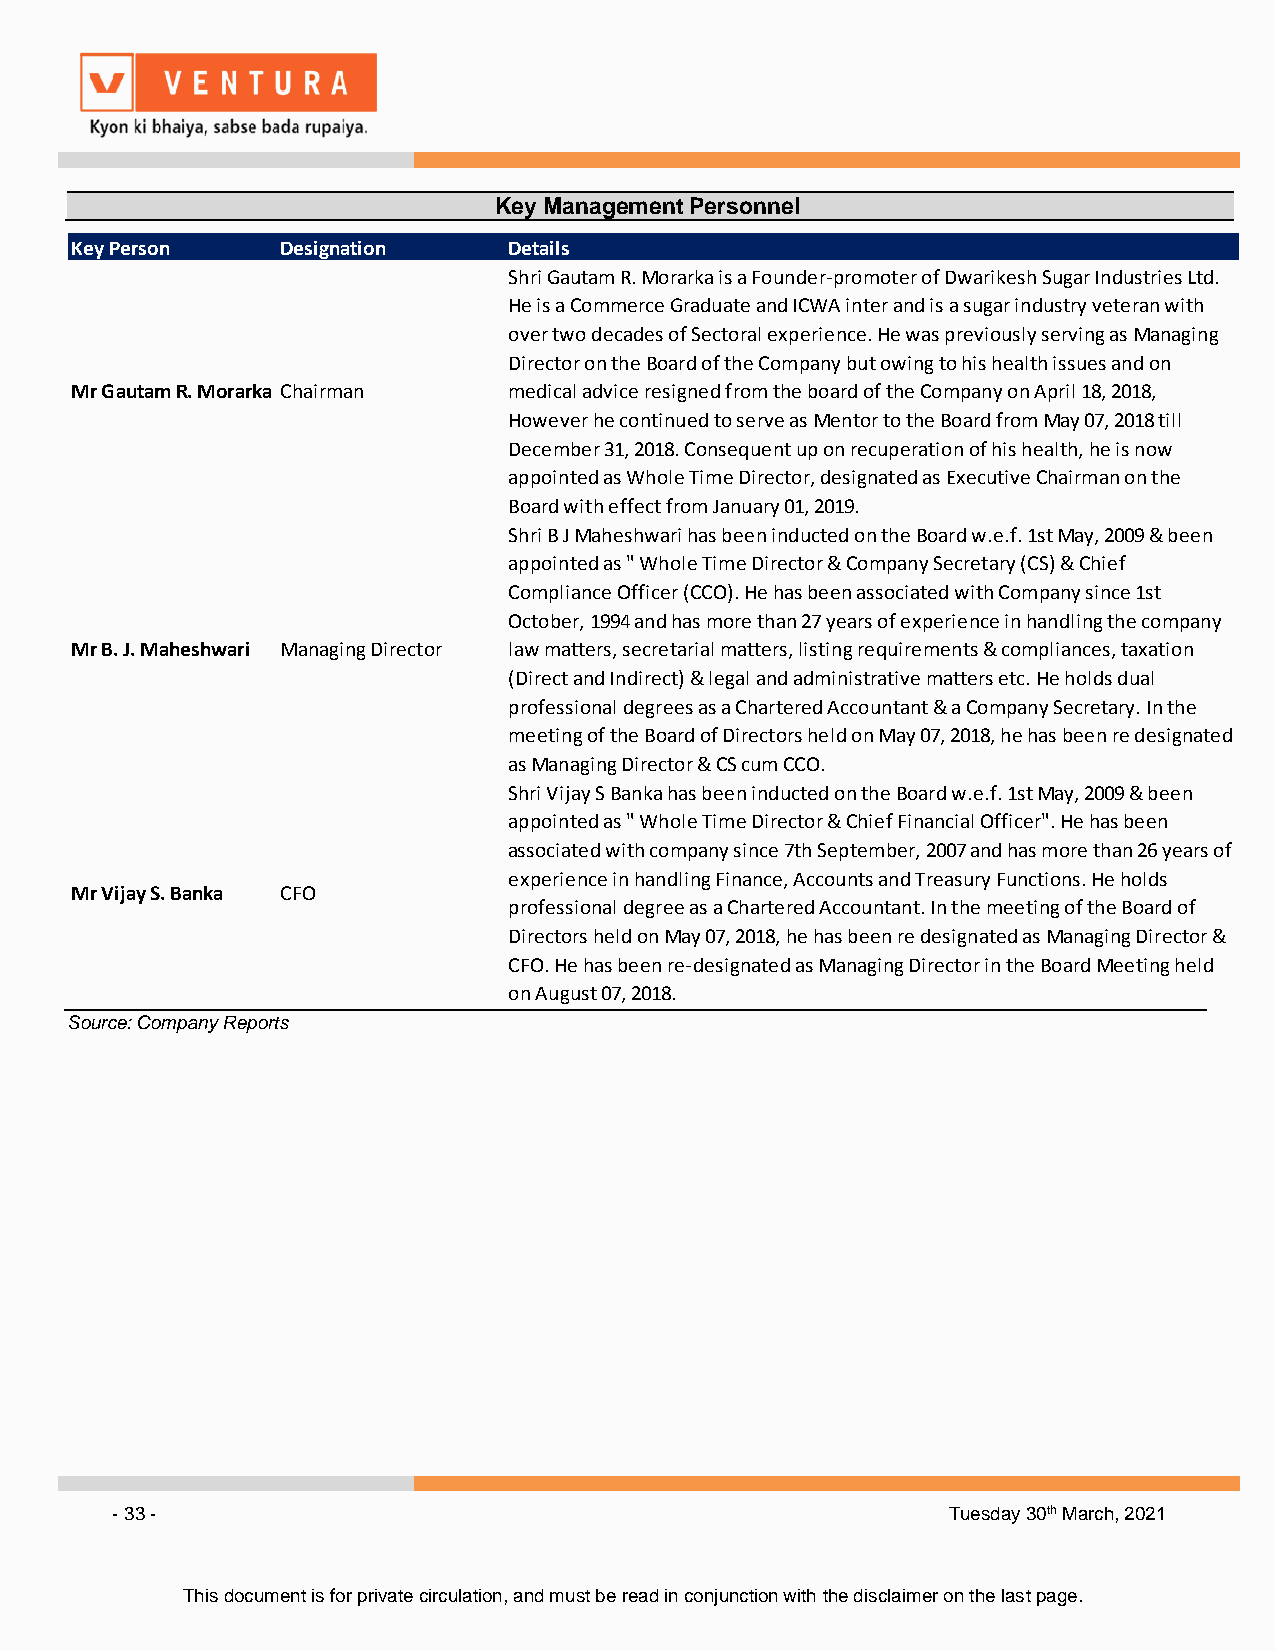
Key Management Personnel
 Key Person    Designation    Details
 Shri Gautam R. Morarka is a Founder-promoter of Dwarikesh Sugar Industries Ltd.
 He is a Commerce Graduate and ICWA inter and is a sugar industry veteran with
 over two decades of Sectoral experience. He was previously serving as Managing
 Director on the Board of the Company but owing to his health issues and on
 Mr Gautam R. Morarka Chairman medical advice resigned from the board of the Company on April 18, 2018,
 However he continued to serve as Mentor to the Board from May 07, 2018 till
 December 31, 2018. Consequent up on recuperation of his health, he is now
 appointed as Whole Time Director, designated as Executive Chairman on the
 Board with effect from January 01, 2019.
 Shri B J Maheshwari has been inducted on the Board w.e.f. 1st May, 2009 & been
 appointed as " Whole Time Director & Company Secretary (CS) & Chief
 Compliance Officer (CCO). He has been associated with Company since 1st
 October, 1994 and has more than 27 years of experience in handling the company
 Mr B. J. Maheshwari Managing Director law matters, secretarial matters, listing requirements & compliances, taxation
 (Direct and Indirect) & legal and administrative matters etc. He holds dual
 professional degrees as a Chartered Accountant & a Company Secretary. In the
 meeting of the Board of Directors held on May 07, 2018, he has been re designated
 as Managing Director & CS cum CCO.
 Shri Vijay S Banka has been inducted on the Board w.e.f. 1st May, 2009 & been
 appointed as " Whole Time Director & Chief Financial Officer". He has been
 associated with company since 7th September, 2007 and has more than 26 years of
 experience in handling Finance, Accounts and Treasury Functions. He holds
 Mr Vijay S. Banka CFO
 professional degree as a Chartered Accountant. In the meeting of the Board of
 Directors held on May 07, 2018, he has been re designated as Managing Director &
 CFO. He has been re-designated as Managing Director in the Board Meeting held
 on August 07, 2018.
 Source: Company Reports
 - 33 -                                                  Tuesday 30th March, 2021
 This document is for private circulation, and must be read in conjunction with the disclaimer on the last page.